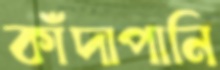
কাঁদাপানি